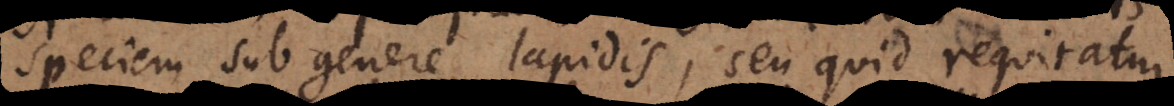
speciem sub genere lapidis, seu quid requiratur